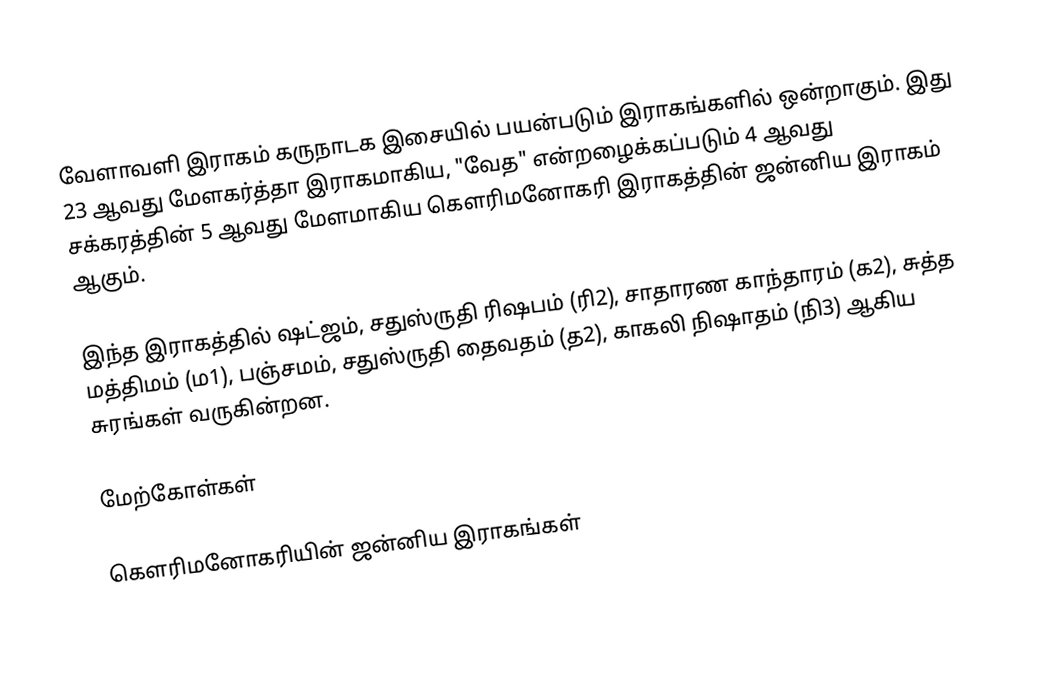
வேளாவளி இராகம் கருநாடக இசையில் பயன்படும் இராகங்களில் ஒன்றாகும். இது 23 ஆவது மேளகர்த்தா இராகமாகிய, "வேத" என்றழைக்கப்படும் 4 ஆவது சக்கரத்தின் 5 ஆவது மேளமாகிய கௌரிமனோகரி இராகத்தின் ஜன்னிய இராகம் ஆகும்.

இந்த இராகத்தில் ஷட்ஜம், சதுஸ்ருதி ரிஷபம் (ரி2), சாதாரண காந்தாரம் (க2), சுத்த மத்திமம் (ம1), பஞ்சமம், சதுஸ்ருதி தைவதம் (த2), காகலி நிஷாதம்  (நி3) ஆகிய சுரங்கள் வருகின்றன.

மேற்கோள்கள்

கௌரிமனோகரியின் ஜன்னிய இராகங்கள்